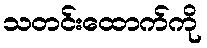
သတင်းထောက်ကို